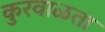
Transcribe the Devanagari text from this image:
कुरवाळता